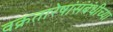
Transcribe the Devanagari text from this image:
वक्रतारेषांसंबंधीच्या